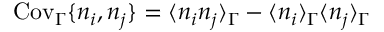
\mathrm { C o v } _ { \Gamma } \{ n _ { i } , n _ { j } \} = \langle n _ { i } n _ { j } \rangle _ { \Gamma } - \langle n _ { i } \rangle _ { \Gamma } \langle n _ { j } \rangle _ { \Gamma }